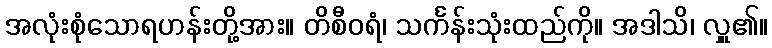
အလုံးစုံသောရဟန်းတို့အား။ တိစီဝရံ၊ သင်္ကန်းသုံးထည်ကို။ အဒါသိ၊ လှူ၏။